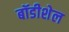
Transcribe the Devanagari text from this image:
बॉडीशेल